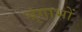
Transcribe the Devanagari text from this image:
श्रृंगाभों